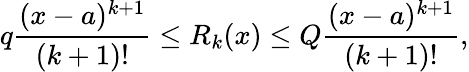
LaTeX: q{\frac{(x-a)^{k+1}}{(k+1)!}}\leq R_{k}(x)\leq Q{\frac{(x-a)^{k+1}}{(k+1)!}},